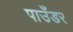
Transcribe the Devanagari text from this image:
पाउँडर